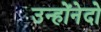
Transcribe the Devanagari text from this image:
उन्होंनेदो